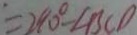
= 2 8 0 ^ { \circ } - \angle B C D